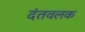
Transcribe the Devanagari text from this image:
दंतवलक